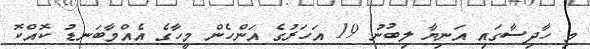
މި ހާދިސާގައި އަނިޔާ ލިބުނު 19 އަހަަރުގެ އަންހެން މީހާގެ އެއްމާބަނޑު ކޮއްކޮ